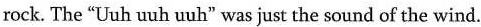
rock. The "Uuh uuh uuh" was just the sound of the wind.